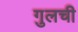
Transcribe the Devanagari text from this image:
गुलची